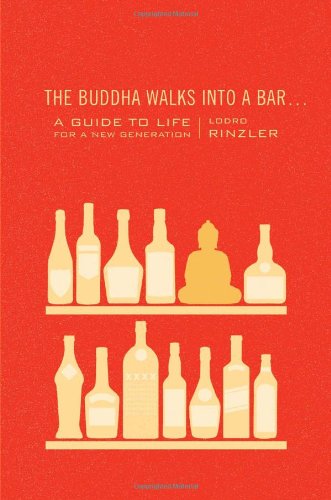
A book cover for The Buddha Walks into a Bar...: A Guide to Life for a New Generation; Lodro Rinzler; Religion & Spirituality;